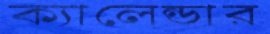
ক্যালেন্ডার